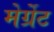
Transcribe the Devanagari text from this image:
मेर्ग्रेट